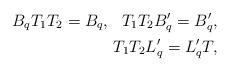
LaTeX: \begin{align*}B_qT_1T_2=B_q,\ \ T_1T_2B_q'=B_q',\\T_1T_2L_q'=L_q'T,\end{align*}